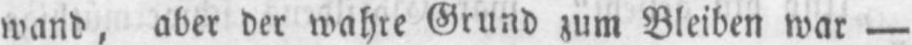
wand, aber der wahre Grund zum Bleiben war -